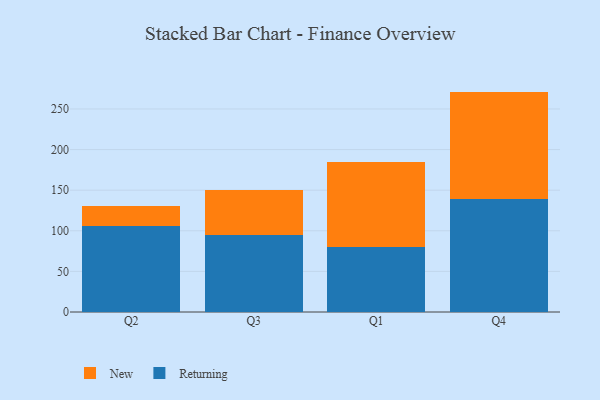
{"axis": {"x": "Quarter", "y": "Market Share (%)"}, "legend": ["New", "Returning"], "data": [{"x": "Q2", "y": 106.4, "type": "Returning"}, {"x": "Q2", "y": 23.9, "type": "New"}, {"x": "Q3", "y": 95.0, "type": "Returning"}, {"x": "Q3", "y": 55.7, "type": "New"}, {"x": "Q1", "y": 80.3, "type": "Returning"}, {"x": "Q1", "y": 104.1, "type": "New"}, {"x": "Q4", "y": 138.6, "type": "Returning"}, {"x": "Q4", "y": 132.8, "type": "New"}]}